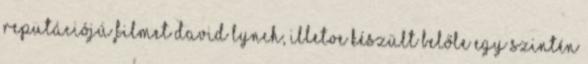
reputációjú filmet David Lynch, illetve készült belőle egy szintén